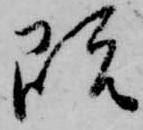
既